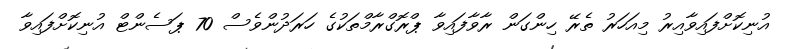
އުނިކޮށްފައިވާއިރު މިއަހަރު ތެރޭ ހިންގަން ރާވާފައިވާ ޕްރޮގްރާމްތަކުގެ ހަރަދުންވެސް 70 ޕަސެންޓް އުނިކޮށްފައިވާ